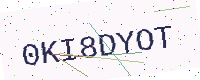
Text: 0KI8DYOT